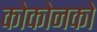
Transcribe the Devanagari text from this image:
कोकोनको